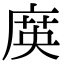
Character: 㢍